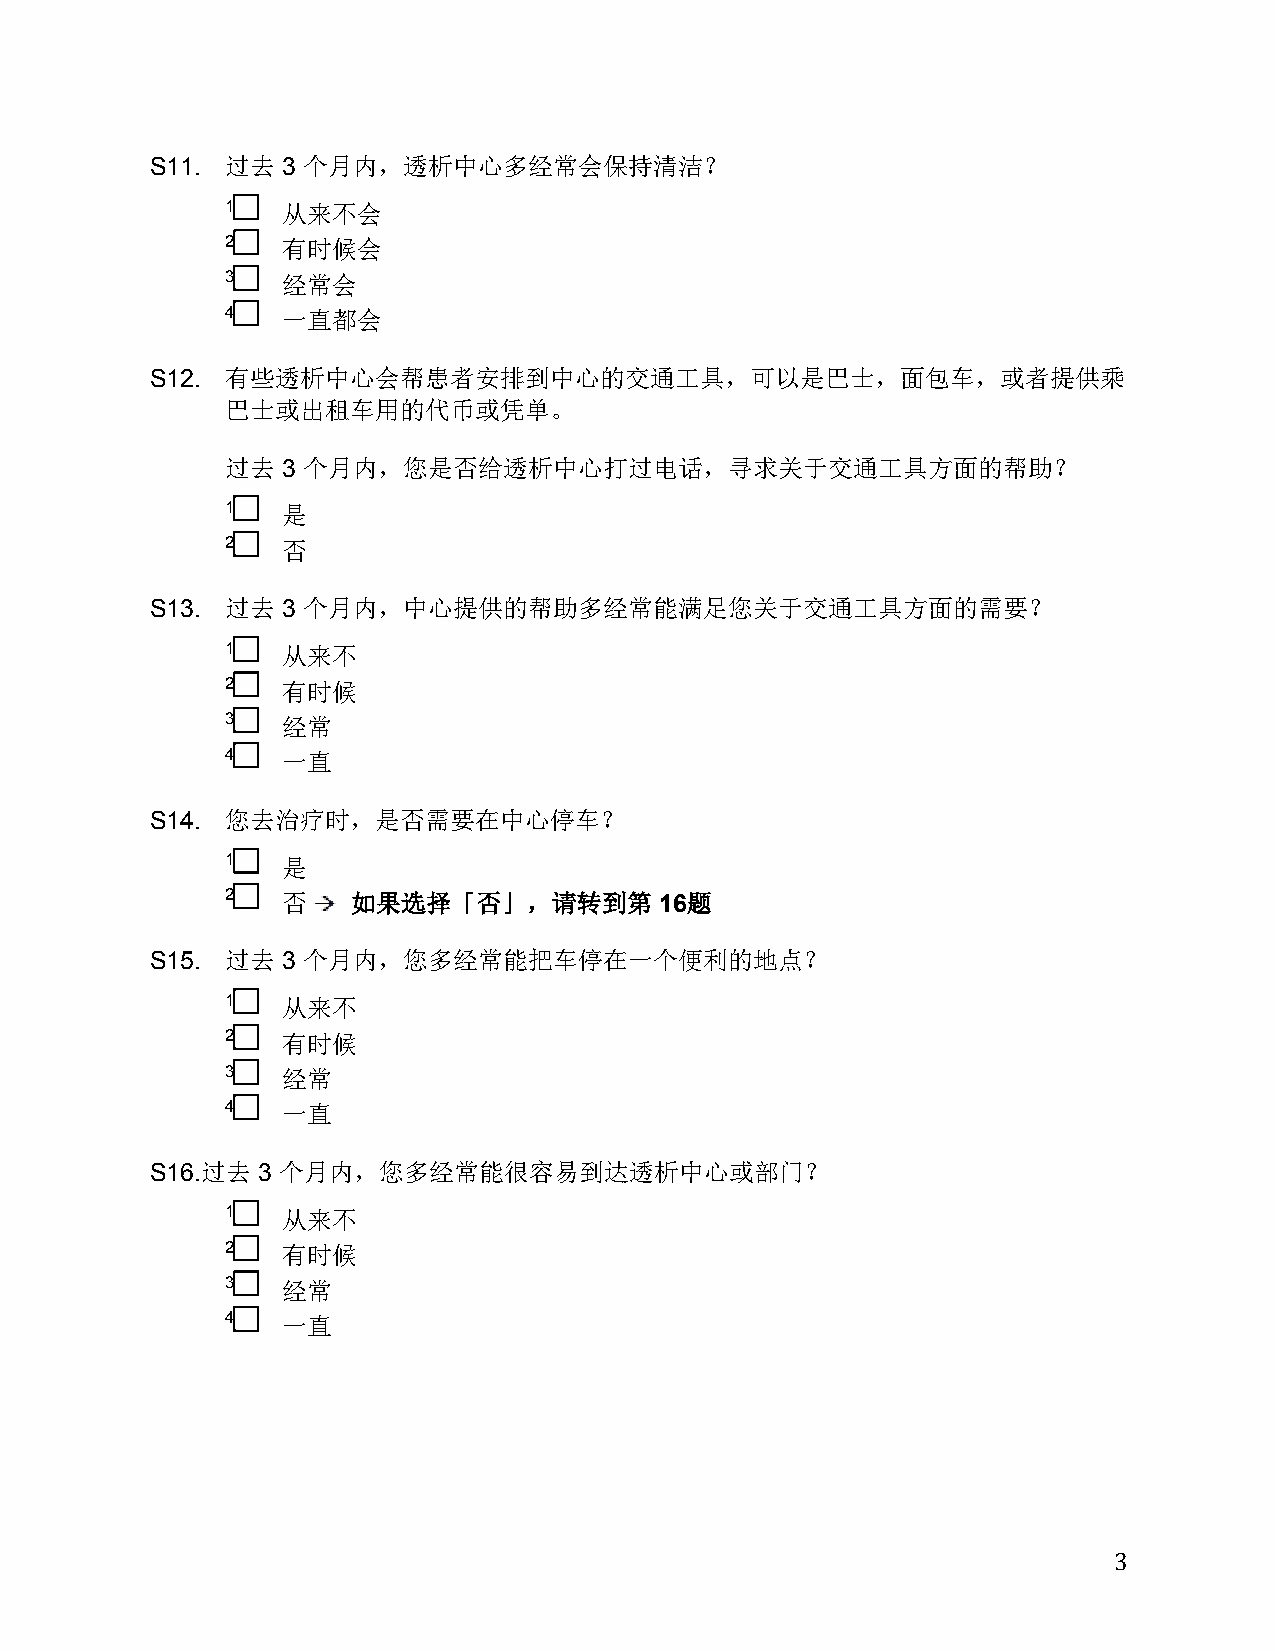
S11. 过去  3 个月内，透析中心多经常会保持清洁？
 1   从来不会
 2   有时候会
 3   经常会
 4   一直都会
 S12. 有些透析中心会帮患者安排到中心的交通工具，可以是巴士，面包车，或者提供乘
 巴士或出租车用的代币或凭单。
 过去  3 个月内，您是否给透析中心打过电话，寻求关于交通工具方面的帮助？
 1   是
 2   否
 S13. 过去  3 个月内，中心提供的帮助多经常能满足您关于交通工具方面的需要？
 1   从来不
 2   有时候
 3   经常
 4   一直
 S14. 您去治疗时，是否需要在中心停车？
 1   是
 2   否   如果选择「否」，请转到第         16题
 S15. 过去  3 个月内，您多经常能把车停在一个便利的地点？
 1   从来不
 2   有时候
 3   经常
 4   一直
 S16.过去 3 个月内，您多经常能很容易到达透析中心或部门？
 1   从来不
 2   有时候
 3   经常
 4   一直
 3